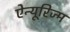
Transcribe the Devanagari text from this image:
ऐन्यूरिज्म